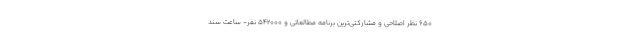
۶۵۰ نظر اصلاحی و مشارکتی‌ترین برنامه مطالعاتی و ۵۴۲۰۰۰ نفر- ساعت سند